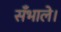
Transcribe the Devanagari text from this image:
सँभाले।